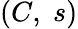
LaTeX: \textstyle(C,\; s)